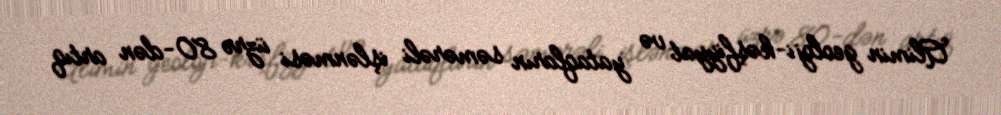
Alimin geoloji-kəşfiyyat və yataqların səmərəli işlənməsi üzrə 80-dən artıq